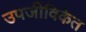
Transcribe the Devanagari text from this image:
उपजीविकेत